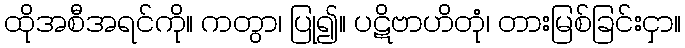
ထိုအစီအရင်ကို။ ကတွာ၊ ပြု၍။ ပဋိဗာဟိတုံ၊ တားမြစ်ခြင်းငှာ။